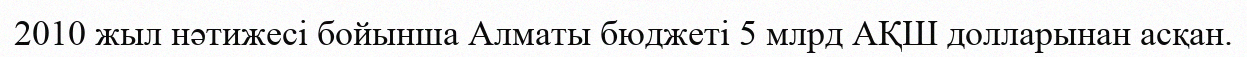
2010 жыл нәтижесі бойынша Алматы бюджеті 5 млрд АҚШ долларынан асқан.